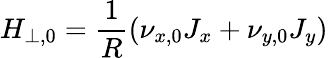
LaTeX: H_{\perp,0}=\frac{1}{R}(\nu_{x,0}J_{x}+\nu_{y,0}J_{y})